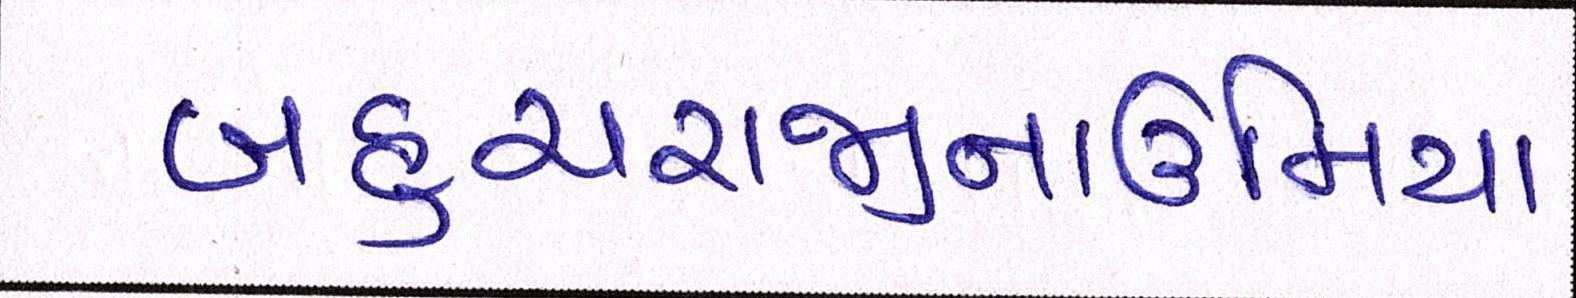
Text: બહુચરાજીનાઉમિયા